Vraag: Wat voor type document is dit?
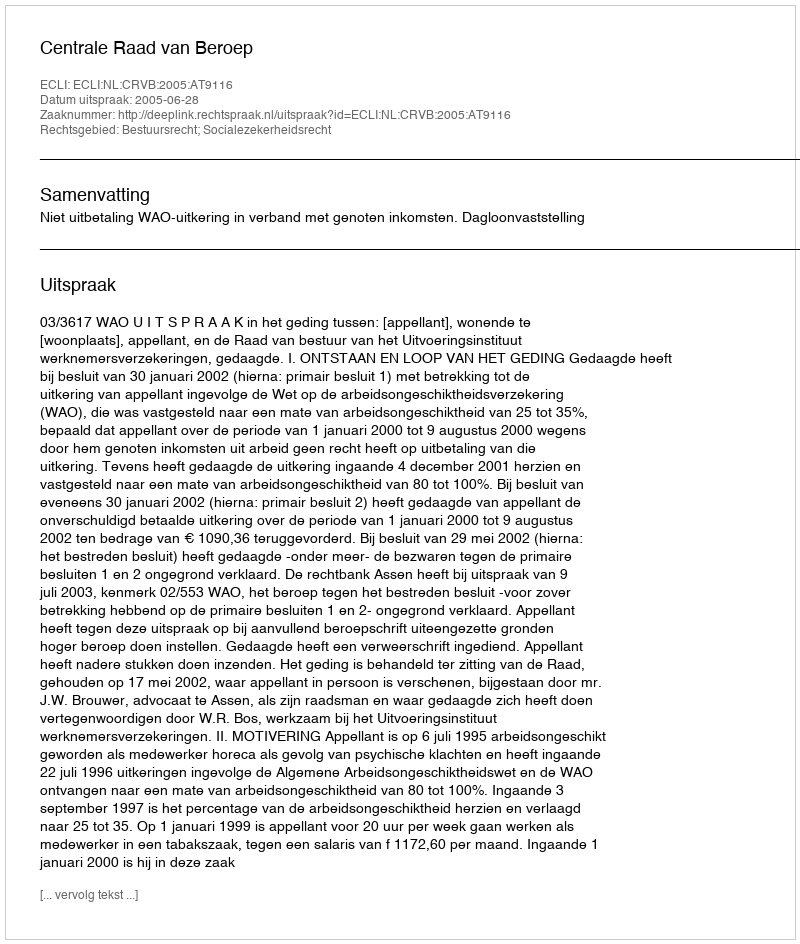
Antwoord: Uitspraak